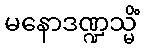
မနောဒဏ္ဍသ္မိံ